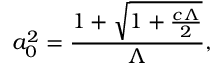
a _ { 0 } ^ { 2 } = \frac { 1 + \sqrt { 1 + \frac { c \Lambda } { 2 } } } { { \Lambda } } ,